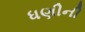
ધણીની